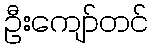
ဦးကျော်တင်